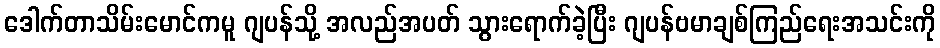
ဒေါက်တာသိမ်းမောင်ကမူ ဂျပန်သို့ အလည်အပတ် သွားရောက်ခဲ့ပြီး ဂျပန်ဗမာချစ်ကြည်ရေးအသင်းကို